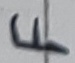
Text: F